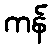
ကန်